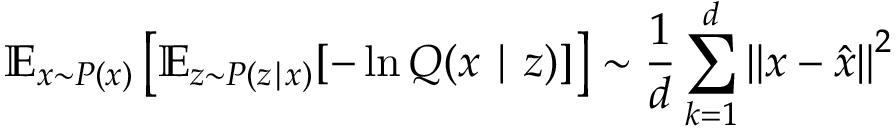
\mathbb { E } _ { { x } \sim { P } ( x ) } \left[ \mathbb { E } _ { z \sim P ( z \mid x ) } [ - \ln Q ( x \mid z ) ] \right] \sim \frac { 1 } { d } \sum _ { k = 1 } ^ { d } { \| x - \hat { x } \| } ^ { 2 }